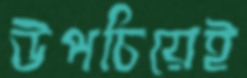
উপচিয়েই